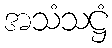
အသံသဋ္ဌံ